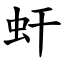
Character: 虷